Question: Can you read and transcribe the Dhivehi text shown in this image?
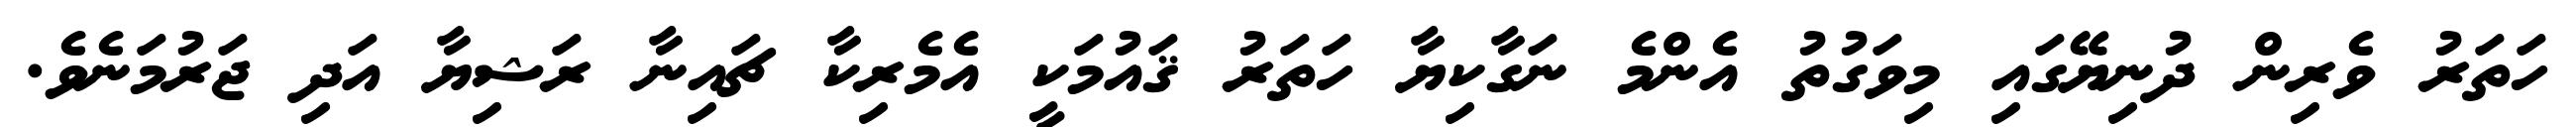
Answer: ހަތަރު ވެރިން ދުނިޔޭގައި މިވަގުތު އެންމެ ނަގާކިޔާ ހަތަރު ޤައުމަކީ އެމެރިކާ ޗައިނާ ރަޝިޔާ އަދި ޖަރުމަނެވެ.